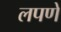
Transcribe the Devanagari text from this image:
लपणे